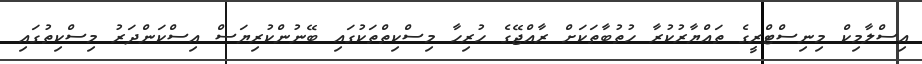
އިސްލާމިކް މިނިސްޓްރީގެ ތައްޔާރުކުރާ ހުތުބާތަކަށް ރާއްޖޭގެ ހުރިހާ މިސްކިތްތަކުގައި ބޭނުންކުރިޔަސް އިސްކަންދަރު މިސްކިތުގައި